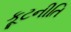
કૂટનીતિ